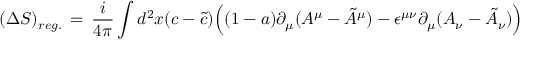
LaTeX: ( \Delta S ) _ { r e g . } \, = \, { \frac { i } { 4 \pi } } \int d ^ { 2 } x ( c - \tilde { c } ) \Big ( ( 1 - a ) \partial _ { \mu } ( A ^ { \mu } - \tilde { A } ^ { \mu } ) - \epsilon ^ { \mu \nu } \partial _ { \mu } ( A _ { \nu } - \tilde { A } _ { \nu } ) \Big )